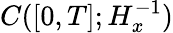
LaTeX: C([0,T];H_{x}^{-1})